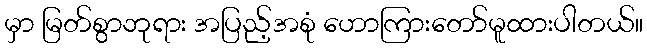
မှာ မြတ်စွာဘုရား အပြည့်အစုံ ဟောကြားတော်မူထားပါတယ်။